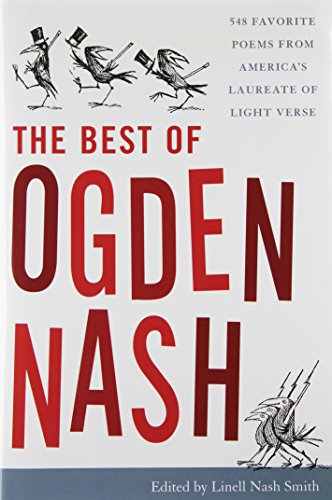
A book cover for The Best of Ogden Nash; Humor & Entertainment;